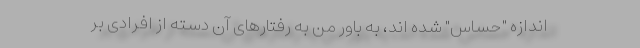
اندازه "حساس" شده اند، به باور من به رفتارهای آن دسته از افرادی بر